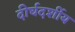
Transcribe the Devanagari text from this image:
दीर्घदर्शीय